V__Kingissepa_nim__kolhoos, lk 48
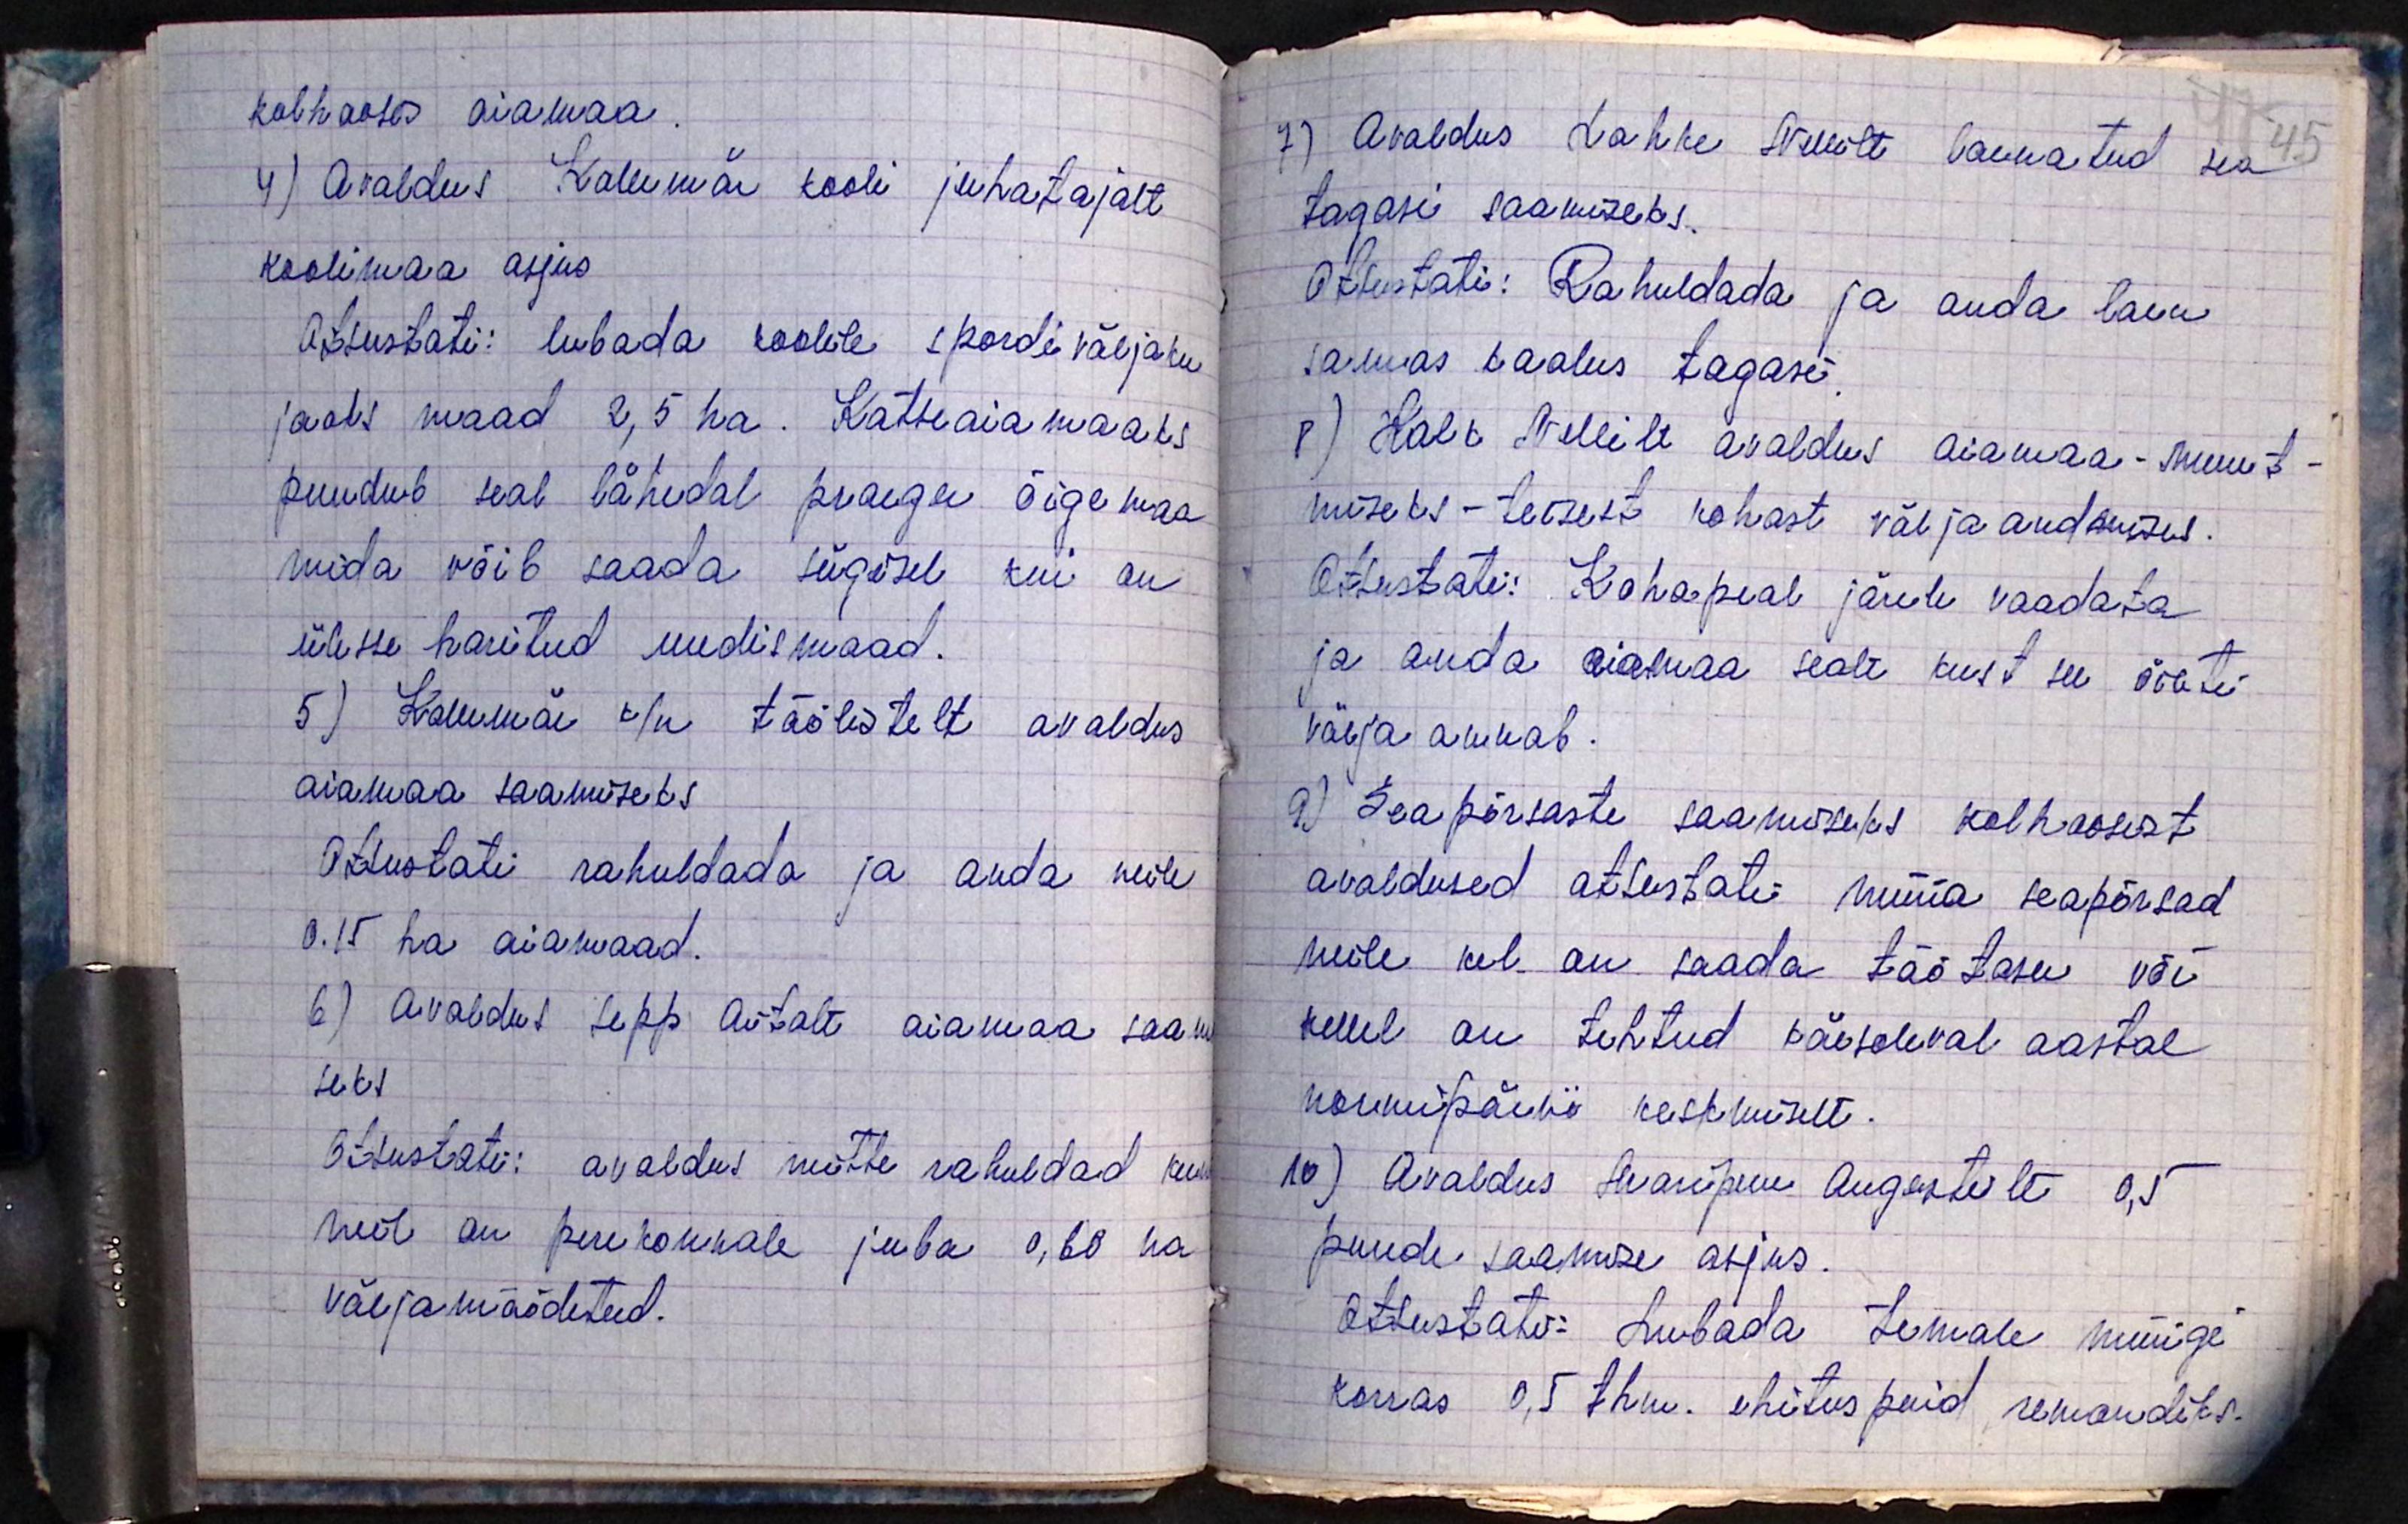
kolhoosi aiamaa.
4) Avaldus Kallemäe kooli juhatajalt
koolimaa asjus
Otsustati: lubada koolile spordi väljaku
jaoks maad 2,5 ha. Katseaia maaks,
puudub seal lähedal praegu õige maa
mida võib saada sügisel kui on
ülesse haritud uudismaad.
5) Kallemäe k/n töölistelt avaldus
aiamaa saamiseks
Otsustati rahuldada ja anda neile
0.15 ha aiamaad.
6) Avaldus Sepp Aitalt aiamaa saam
seks
Otsustati: avaldus mitte rahuldad kun
neil on perekonnale juba 0,60 ha
väljamõõdetud.

7) Avaldus Lahke Ivanilt laenatud sea
tagasi saamiseks.
Otsustati: Rahuldada ja anda laen
samas kaalus tagasi.
8) Kolk Nellilt avaldus aiamaa-muut-
miseks - teisest kohast väljaandmiseks.
Otsustati: Kohapeal järele vaadata
ja anda aiamaa sealt kust see õieti
välja annab.
9) Seapõrsaste saamiseks kolhoosist
avaldused otsustati müüa seapõrsad
neile kel on saada töötasu või
kellel on tehtud käesoleval aastal
normipäevi keskmiselt.
10) Avaldus Maripuu Augustilt 0,5
puude saamise asjus.
Otsustati: Lubada temale müügi
korras 0,5 thm. ehituspuid remondiks.